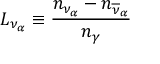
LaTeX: L _ { \nu _ { \alpha } } \equiv { \frac { n _ { \nu _ { \alpha } } - n _ { \overline { { { \nu } } } _ { \alpha } } } { n _ { \gamma } } }